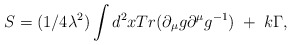
\begin{align*}S=(1/4\lambda^2)\int d^2x Tr (\partial_\mu g\partial^\mu g^{-1})\;+\;k\Gamma,\end{align*}